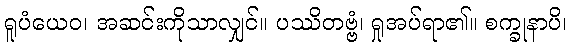
ရူပံယေဝ၊ အဆင်းကိုသာလျှင်။ ပဿိတဗ္ဗံ၊ ရှုအပ်ရာ၏။ စက္ခုနာပိ၊